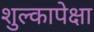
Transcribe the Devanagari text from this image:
शुल्कापेक्षा